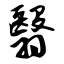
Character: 翳